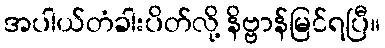
အပါယ်တံခါးပိတ်လို့ နိဗ္ဗာန်မြင်ရပြီ။